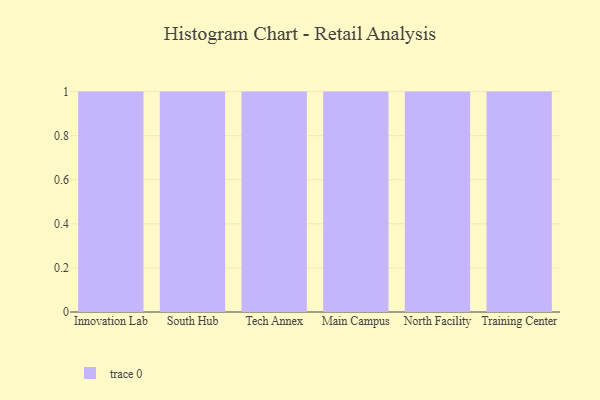
{"axis": {"x": "Campus", "y": "Market Share (%)"}, "legend": [""], "data": [{"x": "Innovation Lab", "y": 15, "type": ""}, {"x": "South Hub", "y": 75, "type": ""}, {"x": "Tech Annex", "y": 73, "type": ""}, {"x": "Main Campus", "y": 44, "type": ""}, {"x": "North Facility", "y": 24, "type": ""}, {"x": "Training Center", "y": 73, "type": ""}]}